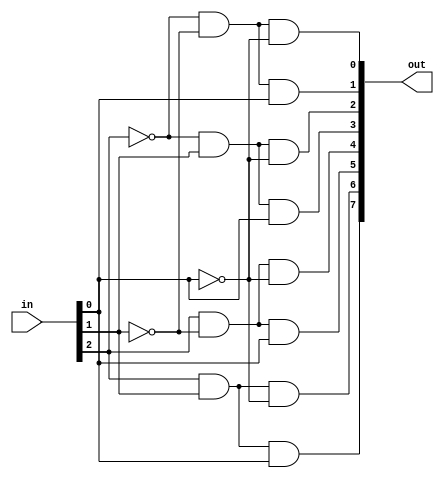
// Prayag Bhakar [bhakar@wisc.edu]
module decode3_8 (in, out);
  // --- inputs and outputs ---
  input [2:0] in;
  output [7:0] out;

  // --- wires ---
  wire [2:0] nin;

  // --- code ---
  assign nin[0] = ~in[0];
  assign nin[1] = ~in[1];
  assign nin[2] = ~in[2];
  
  assign out[0] = nin[2] & nin[1] & nin[0];
  assign out[1] = nin[2] & nin[1] &  in[0];
  assign out[2] = nin[2] &  in[1] & nin[0];
  assign out[3] = nin[2] &  in[1] &  in[0];
  assign out[4] =  in[2] & nin[1] & nin[0];
  assign out[5] =  in[2] & nin[1] &  in[0];
  assign out[6] =  in[2] &  in[1] & nin[0];
  assign out[7] =  in[2] &  in[1] &  in[0];
endmodule